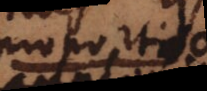
proportio